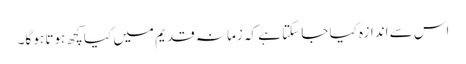
اس سے اندازہ کیا جا سکتا ہے کہ زمانہ قدیم میں کیا کچھ ہوتا ہو گا۔